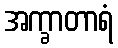
အက္ခာတာရံ